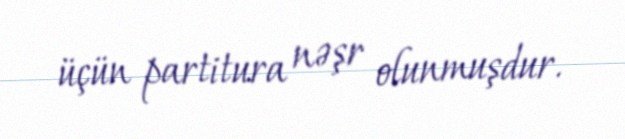
üçün partitura nəşr olunmuşdur.